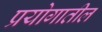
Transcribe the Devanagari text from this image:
प्रयोगातील